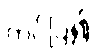
တင်ပြ၍